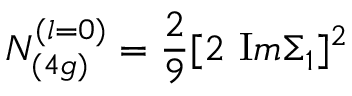
N _ { ( 4 g ) } ^ { ( l = 0 ) } = { \frac { 2 } { 9 } } [ 2 \ { \mathrm I m } \Sigma _ { 1 } ] ^ { 2 }